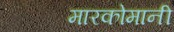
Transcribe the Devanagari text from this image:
मारकोमानी